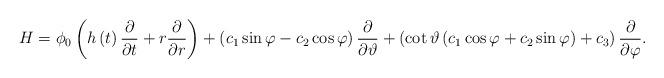
LaTeX: \begin{align*}H={{\phi }_{0}}\left( h\left( t \right)\frac{\partial }{\partial t}+r\frac{\partial }{\partial r} \right)+\left( {{c}_{1}}\sin \varphi -{{c}_{2}}\cos \varphi \right)\frac{\partial }{\partial \vartheta }+\left( \cot \vartheta \left( {{c}_{1}}\cos \varphi +{{c}_{2}}\sin \varphi \right)+{{c}_{3}} \right)\frac{\partial }{\partial \varphi }.\end{align*}